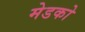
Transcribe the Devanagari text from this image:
मेडको